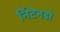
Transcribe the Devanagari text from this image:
निंटेनडो